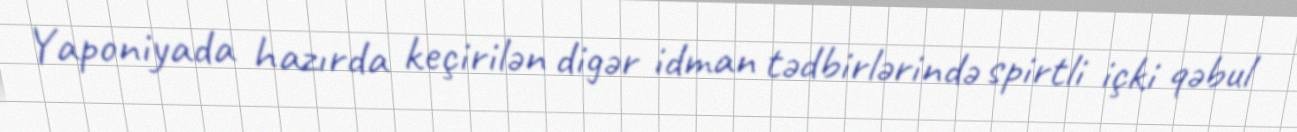
Yaponiyada hazırda keçirilən digər idman tədbirlərində spirtli içki qəbul